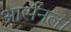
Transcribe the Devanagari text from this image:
आर्सनल।